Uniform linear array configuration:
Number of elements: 24
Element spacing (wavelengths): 0.5
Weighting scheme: binomial
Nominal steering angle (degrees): -60
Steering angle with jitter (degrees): -58.055
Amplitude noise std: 0.05
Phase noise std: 0.05

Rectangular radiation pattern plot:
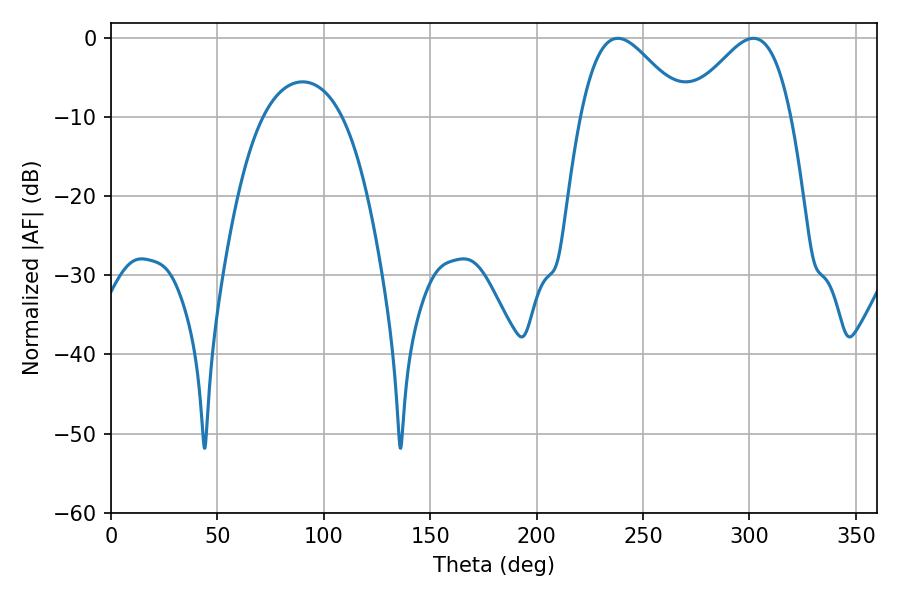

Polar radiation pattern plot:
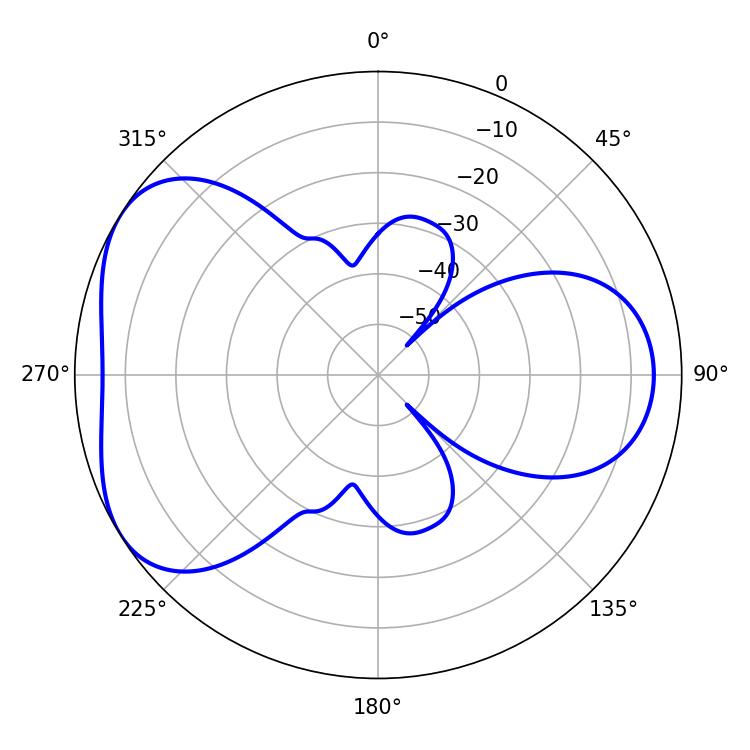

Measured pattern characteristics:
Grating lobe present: FALSE
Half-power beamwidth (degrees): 26.1
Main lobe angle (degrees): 238.14